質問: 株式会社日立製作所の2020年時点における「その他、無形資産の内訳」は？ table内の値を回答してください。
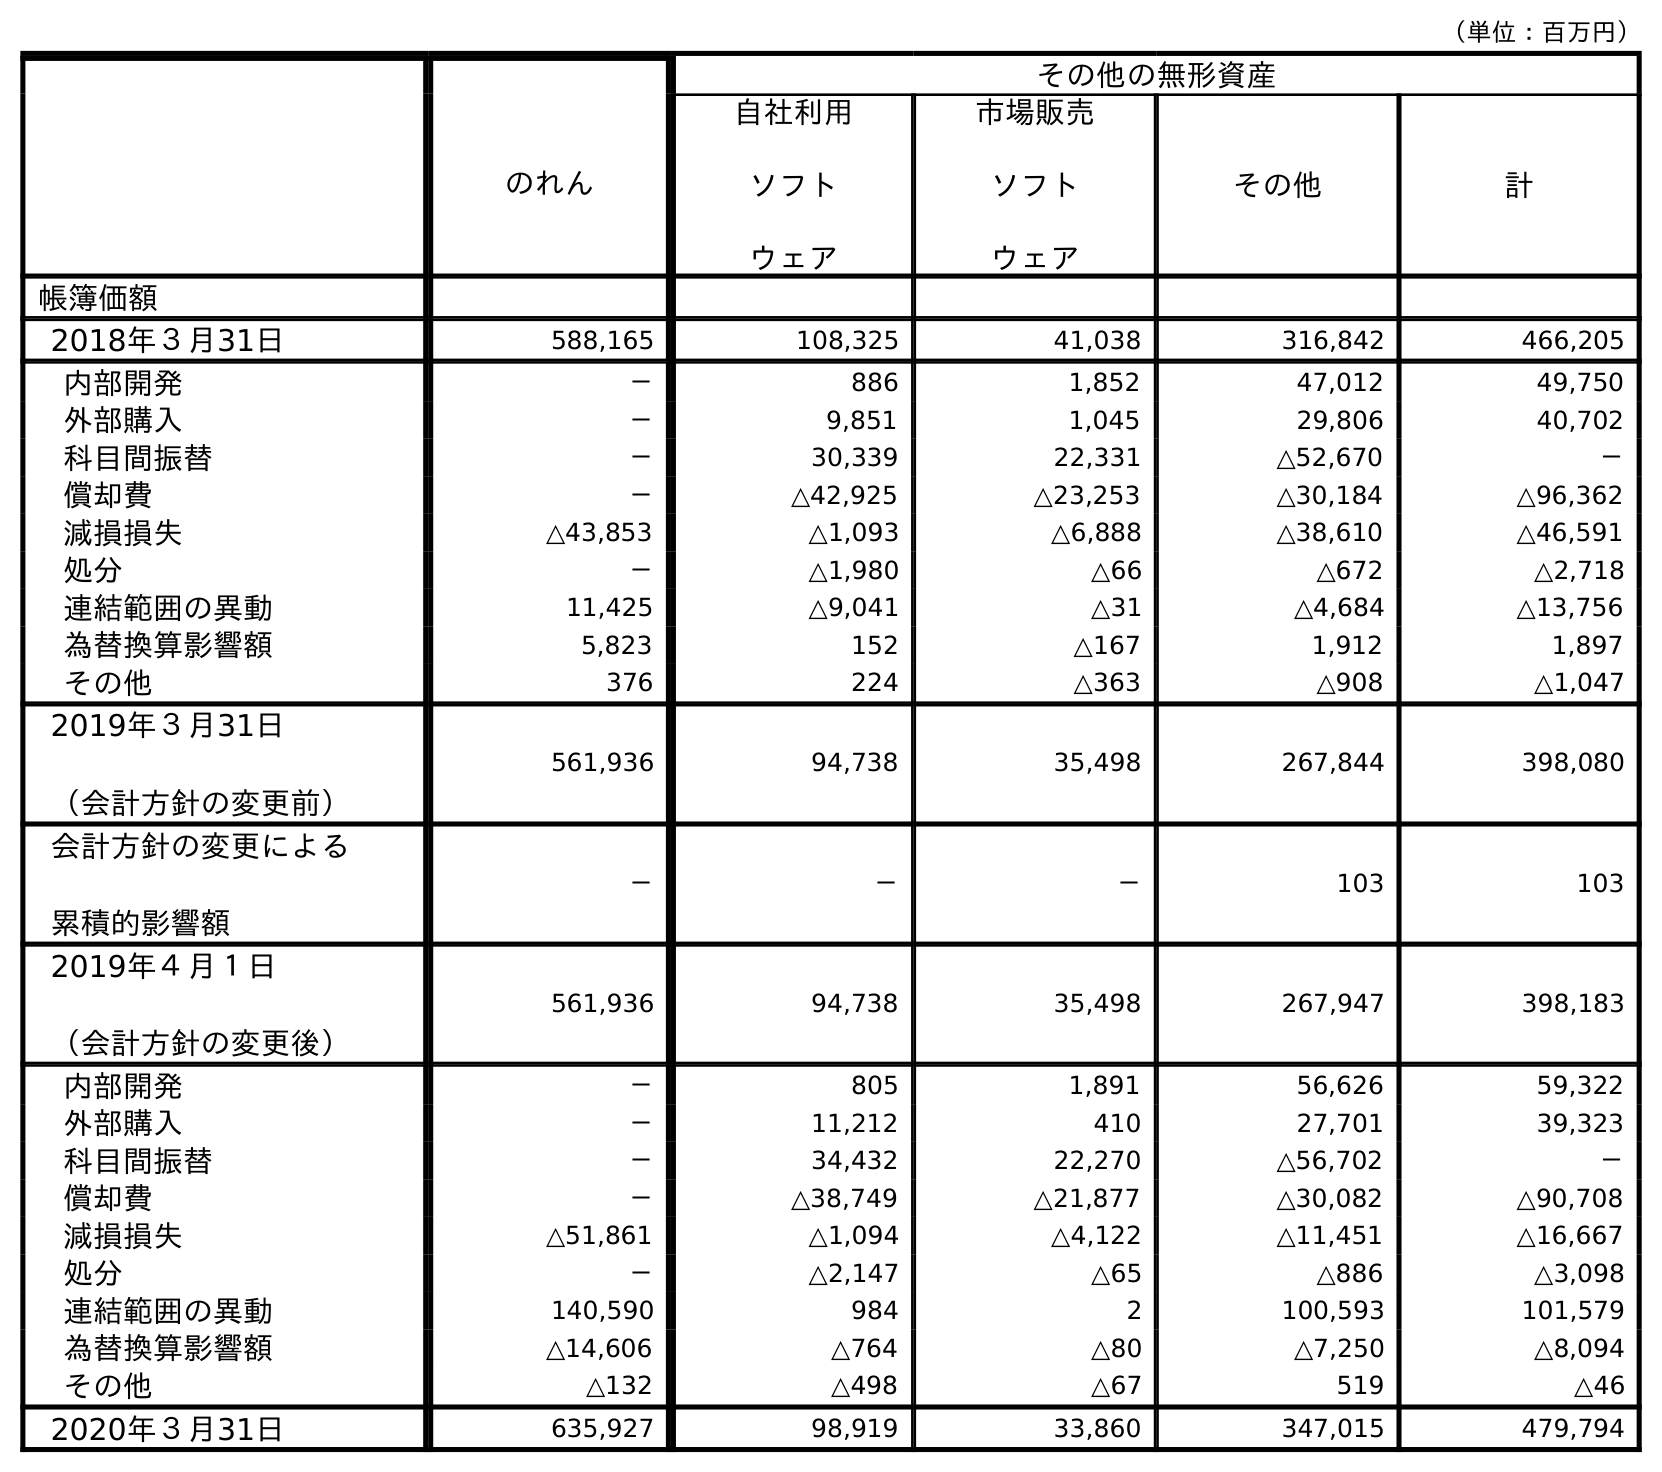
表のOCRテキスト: （単位：百万円） その他の無形資産 のれん 自社利用 ソフト ウェア 市場販売 ソフト ウェア その他 計 帳簿価額 2018年３月31日 588,165 108,325 41,038 316,842 466,205 内部開発 － 886 1,852 47,012 49,750 外部購入 － 9,851 1,045 29,806 40,702 科目間振替 － 30,339 22,331 △52,670 － 償却費 － △42,925 △23,253 △30,184 △96,362 減損損失 △43,853 △1,093 △6,888 △38,610 △46,591 処分 － △1,980 △66 △672 △2,718 連結範囲の異動 11,425 △9,041 △31 △4,684 △13,756 為替換算影響額 5,823 152 △167 1,912 1,897 その他 376 224 △363 △908 △1,047 2019年３月31日 （会計方針の変更前） 561,936 94,738 35,498 267,844 398,080 会計方針の変更による 累積的影響額 － － － 103 103 2019年４月１日 （会計方針の変更後） 561,936 94,738 35,498 267,947 398,183 内部開発 － 805 1,891 56,626 59,322 外部購入 － 11,212 410 27,701 39,323 科目間振替 － 34,432 22,270 △56,702 － 償却費 － △38,749 △21,877 △30,082 △90,708 減損損失 △51,861 △1,094 △4,122 △11,451 △16,667 処分 － △2,147 △65 △886 △3,098 連結範囲の異動 140,590 984 2 100,593 101,579 為替換算影響額 △14,606 △764 △80 △7,250 △8,094 その他 △132 △498 △67 519 △46 2020年３月31日 635,927 98,919 33,860 347,015 479,794
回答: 347,015